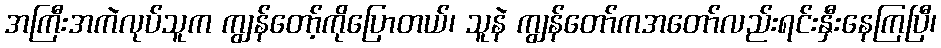
အကြီးအကဲလုပ်သူက ကျွန်တော့်ကိုပြောတယ်၊ သူနဲ ကျွန်တော်ကအတော်လည်းရင်းနှီးနေကြပြီ၊